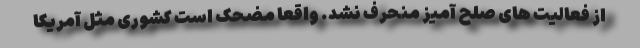
از فعالیت های صلح آمیز منحرف نشد. واقعا مضحک است کشوری مثل آمریکا